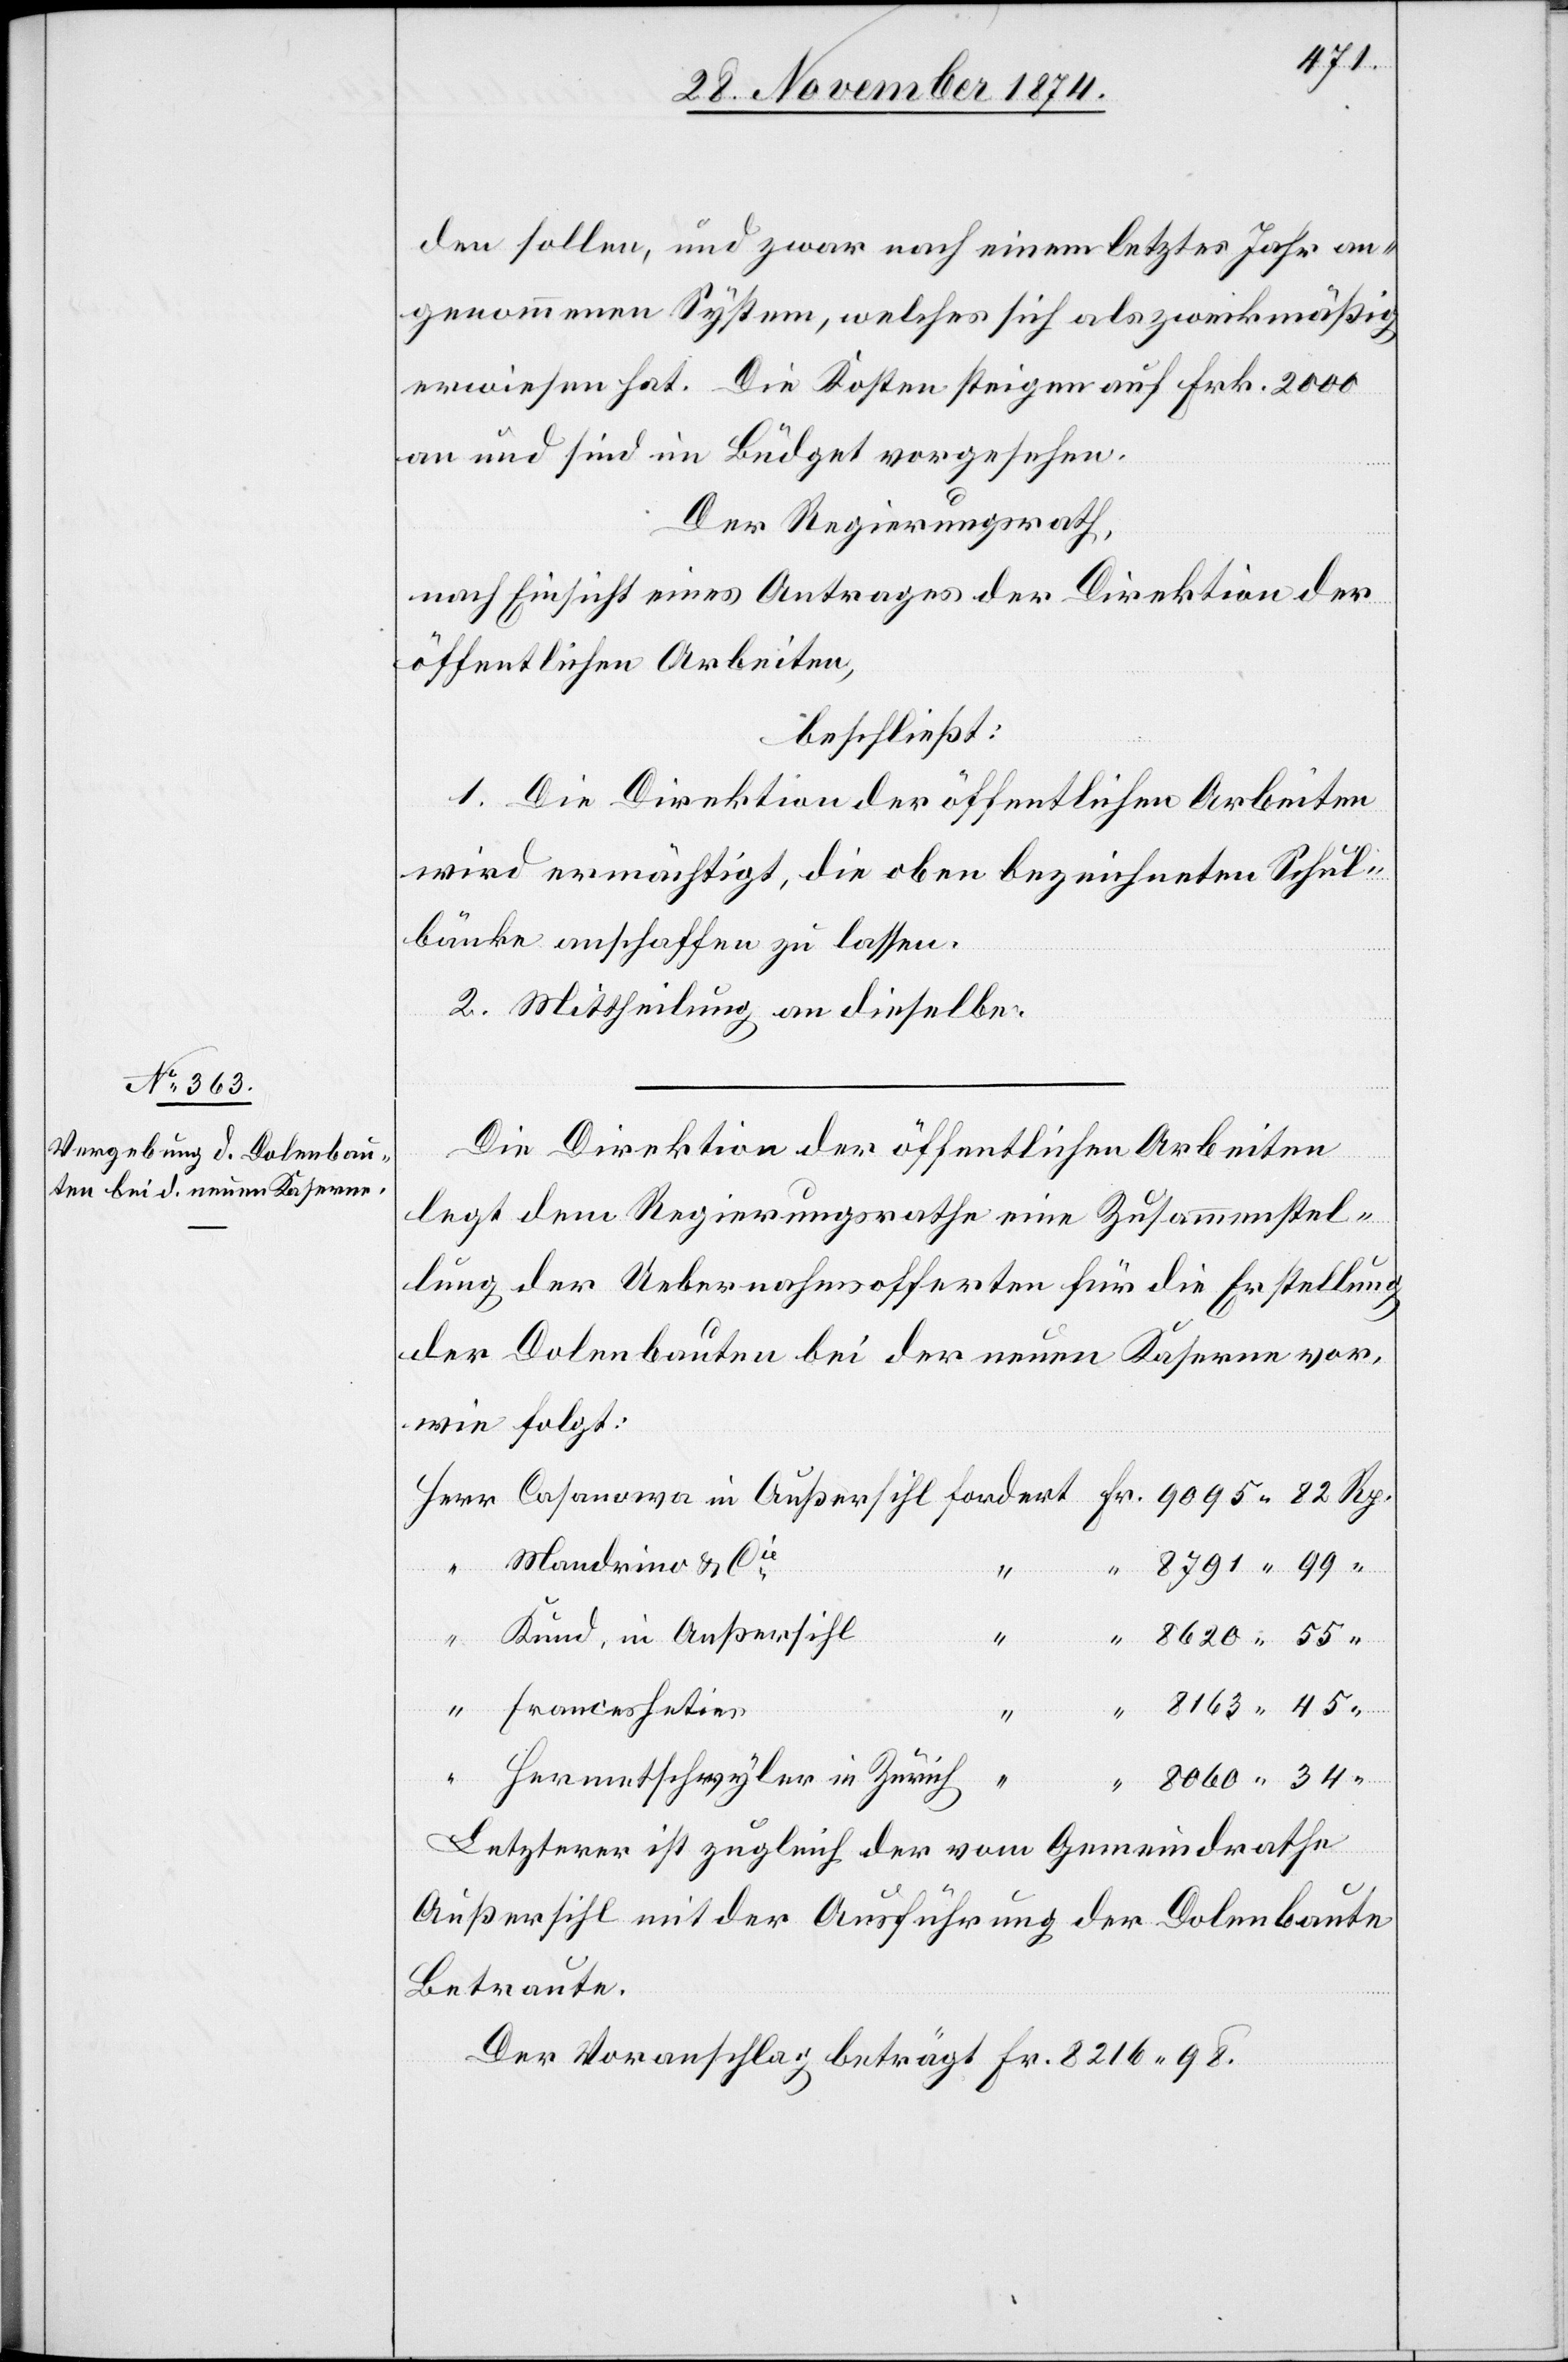
8791.
den sollen, und zwar nach einem letztes Jahr an¬
genommenen System, welches sich als zweckmäßig
erwiesen hat. Die Kosten steigen auf Frk. 2000
an und sind im Büdget vorgesehen.
Der Regierungsrath,
nach Einsicht eines Antrages der Direktion der
öffentlichen Arbeiten,
beschließt:
1. Die Direktion der öffentlichen Arbeiten
wird ermächtigt, die oben bezeichneten Schul¬
bänke anschaffen zu lassen.
2. Mittheilung an dieselbe.
Die Direktion der öffentlichen Arbeiten
legt dem Regierungsrathe eine Zusammenstel¬
lung der Uebernahmsofferten für die Erstellung
der Dolenbauten bei der neuen Kaserne vor,
wie folgt:
Fr.
Mandrino & Cie
Kund, in Außersihl
Casanowa in
[?Franceshetier]
45
Hermetschwyler in Zürich
34
Letzterer ist zugleich der vom Gemeindrathe
Außersihl mit der Ausführung der Dolenbaute
Betraute.
Der Voranschlag beträgt Fr. 8216.98.